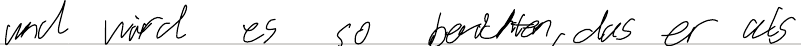
und wird es so berichten, das er als